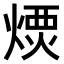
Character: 𤌪